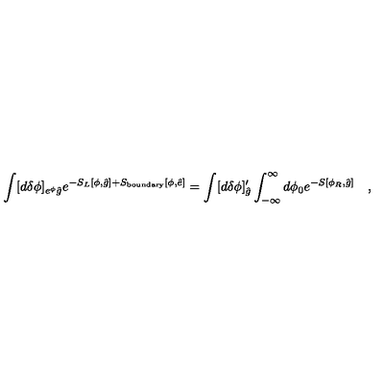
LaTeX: \int [ d \delta \phi ] _ { e ^ { \phi } { \hat { g } } } e ^ { - S _ { L } [ \phi , { \hat { g } } ] + S _ { \mathrm { b o u n d a r y } } [ \phi , { \hat { e } } ] } = \int [ d \delta \phi ] _ { { \hat { g } } } ^ { \prime } \int _ { - \infty } ^ { \infty } d \phi _ { 0 } e ^ { - S [ \phi _ { R } , { \hat { g } } ] } \quad ,